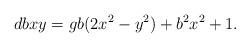
LaTeX: \begin{align*}dbxy = gb(2x^2 - y^2) + b^2x^2 + 1. \end{align*}